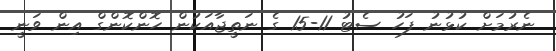
ނެރުމަށް ކުޅުނު ފަހު ސެޓު 11-15 ގެ ނަތީޖާއަކުން ހޮންކޮންގް އިން ވަނީ